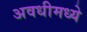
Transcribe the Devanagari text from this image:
अवधीमध्ये